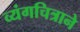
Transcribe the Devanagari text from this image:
व्यंगचित्राने